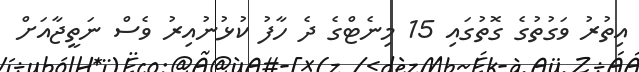
އިތުރު ވަގުތުގެ ގޮތުގައި 15 މިނެޓްގެ ދެ ހާފު ކުޅުނުއިރު ވެސް ނަތީޖާއަށް